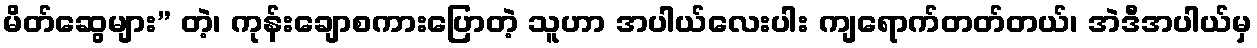
မိတ်ဆွေများ” တဲ့၊ ကုန်းချောစကားပြောတဲ့ သူဟာ အပါယ်လေးပါး ကျရောက်တတ်တယ်၊ အဲဒီအပါယ်မှ